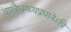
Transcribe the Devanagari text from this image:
वाग्वैधग्ध्यप्रधानेऽपि